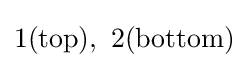
1({\text{top}}),\ 2({\text{bottom}})